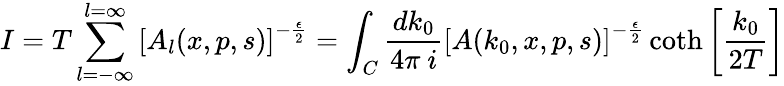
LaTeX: I=T\sum_{l=-\infty}^{l=\infty}\left[A_{l}(x,p,s)\right]^{-\frac{\epsilon}{2}}=\int_{C}\frac{dk_{0}}{4\pi~i}\left[A(k_{0},x,p,s)\right]^{-\frac{\epsilon}{2}}\coth\left[\frac{k_{0}}{2T}\right]